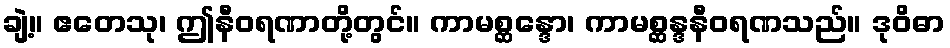
ချဲ့။ ဧတေသု၊ ဤနီဝရဏာတို့တွင်။ ကာမစ္ဆန္ဒော၊ ကာမစ္ဆန္ဒနီဝရဏသည်။ ဒုဝိဓာ